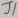
Text: J2